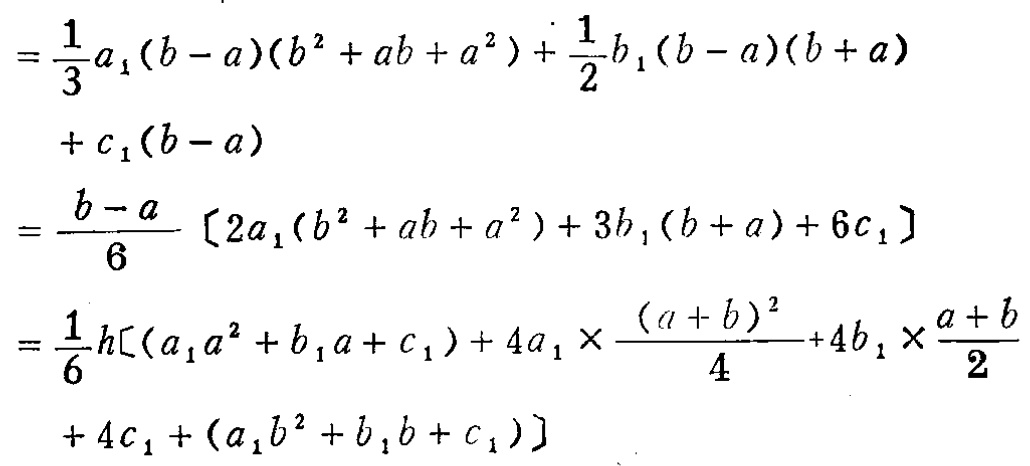
\[
\begin{align*}
&=\frac{1}{3}a_{1}(b - a)(b^{2}+ab + a^{2})+\frac{1}{2}b_{1}(b - a)(b + a)\\
&+c_{1}(b - a)\\
&=\frac{b - a}{6}[2a_{1}(b^{2}+ab + a^{2})+3b_{1}(b + a)+6c_{1}]\\
&=\frac{1}{6}h[(a_{1}a^{2}+b_{1}a + c_{1})+4a_{1}\times\frac{(a + b)^{2}}{4}+4b_{1}\times\frac{a + b}{2}\\
&+4c_{1}+(a_{1}b^{2}+b_{1}b + c_{1})]
\end{align*}
\]